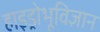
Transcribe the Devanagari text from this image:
हाइड्रोभूविज्ञान